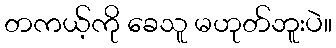
တကယ့်ကို ခေသူ မဟုတ်ဘူးပဲ။